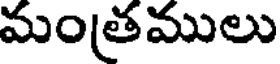
మంతములు